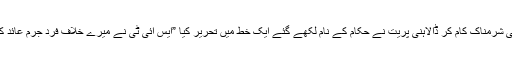
‘ سکول میں اساتذہ نے 88 لڑکیوں کو برہنہ کر دیا، انتہائی شرمناک کام کر ڈالاہنی پریت نے حکام کے نام لکھے گئے ایک خط میں تحریر کیا ”ایس آئی ٹی نے میرے خلاف فرد جرم عائد کردی ہے، اب ٹرائل کورٹ مقدمے کی سماعت کرے گی۔